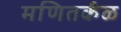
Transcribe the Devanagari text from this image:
मणितर्कळ